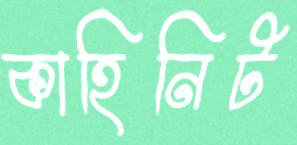
কাহিনিট